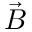
\vec { B }